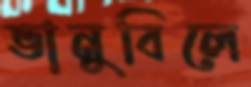
ভানুবিলে